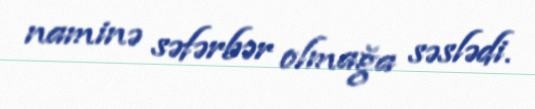
naminə səfərbər olmağa səslədi.